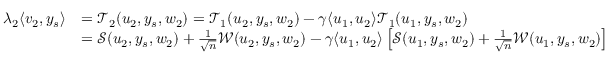
\begin{array} { r l } { \lambda _ { 2 } \langle v _ { 2 } , y _ { s } \rangle } & { = { \mathcal { T } } _ { 2 } ( u _ { 2 } , y _ { s } , w _ { 2 } ) = { \mathcal { T } } _ { 1 } ( u _ { 2 } , y _ { s } , w _ { 2 } ) - { \gamma } \langle u _ { 1 } , u _ { 2 } \rangle { \mathcal { T } } _ { 1 } ( u _ { 1 } , y _ { s } , w _ { 2 } ) } \\ & { = { \mathcal { S } } ( u _ { 2 } , y _ { s } , w _ { 2 } ) + \frac { 1 } { \sqrt n } { \mathcal { W } } ( u _ { 2 } , y _ { s } , w _ { 2 } ) - { \gamma } \langle u _ { 1 } , u _ { 2 } \rangle \left[ { \mathcal { S } } ( u _ { 1 } , y _ { s } , w _ { 2 } ) + \frac { 1 } { \sqrt n } { \mathcal { W } } ( u _ { 1 } , y _ { s } , w _ { 2 } ) \right] } \end{array}